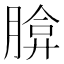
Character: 𦝡